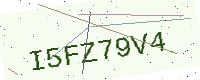
Text: I5FZ79V4